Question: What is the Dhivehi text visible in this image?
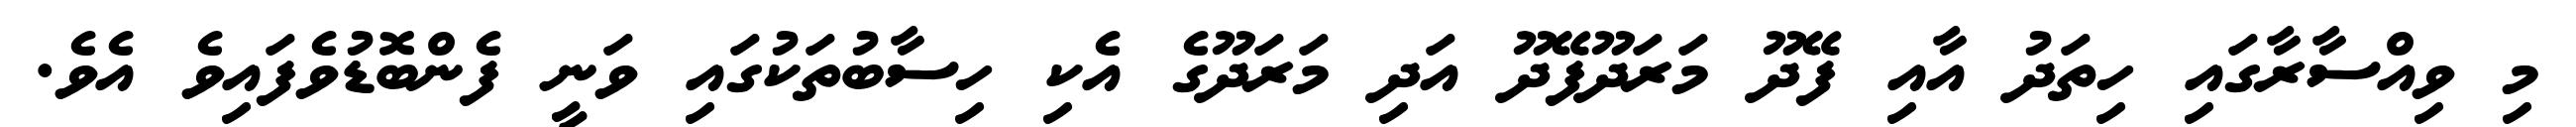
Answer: މި ވިއްސާރާގައި ހިތަދު އާއި ފޭދޫ މަރަދޫފޭދޫ އަދި މަރަދޫގެ އެކި ހިސާބުތަކުގައި ވަނީ ފެންބޮޑުވެފައިވެ އެވެ.